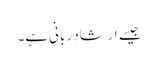
جیسے ارشادِ ربانی ہے۔